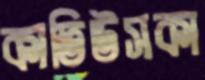
কাতিউসকা